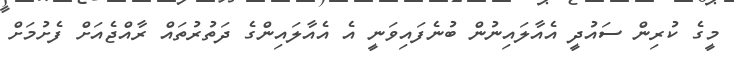
މީގެ ކުރިން ސައުދީ އެއާލައިނުން ބުނެފައިވަނީ އެ އެއާލައިންގެ ދަތުރުތައް ރާއްޖެއަށް ފެށުމަށް